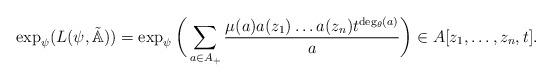
LaTeX: \begin{align*}\exp_{\psi}(L(\psi,\tilde{\mathbb{A}}))=\exp_{\psi}\bigg(\sum_{a\in A_{+}}\frac{\mu(a)a(z_1)\dots a(z_n) t^{\deg_{\theta}(a)}}{a}\bigg) \in A[z_1,\dots,z_n,t].\end{align*}